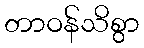
တာဝန်သိစွာ